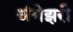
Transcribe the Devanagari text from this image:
अंगेझरी